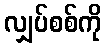
လျှပ်စစ်ကို